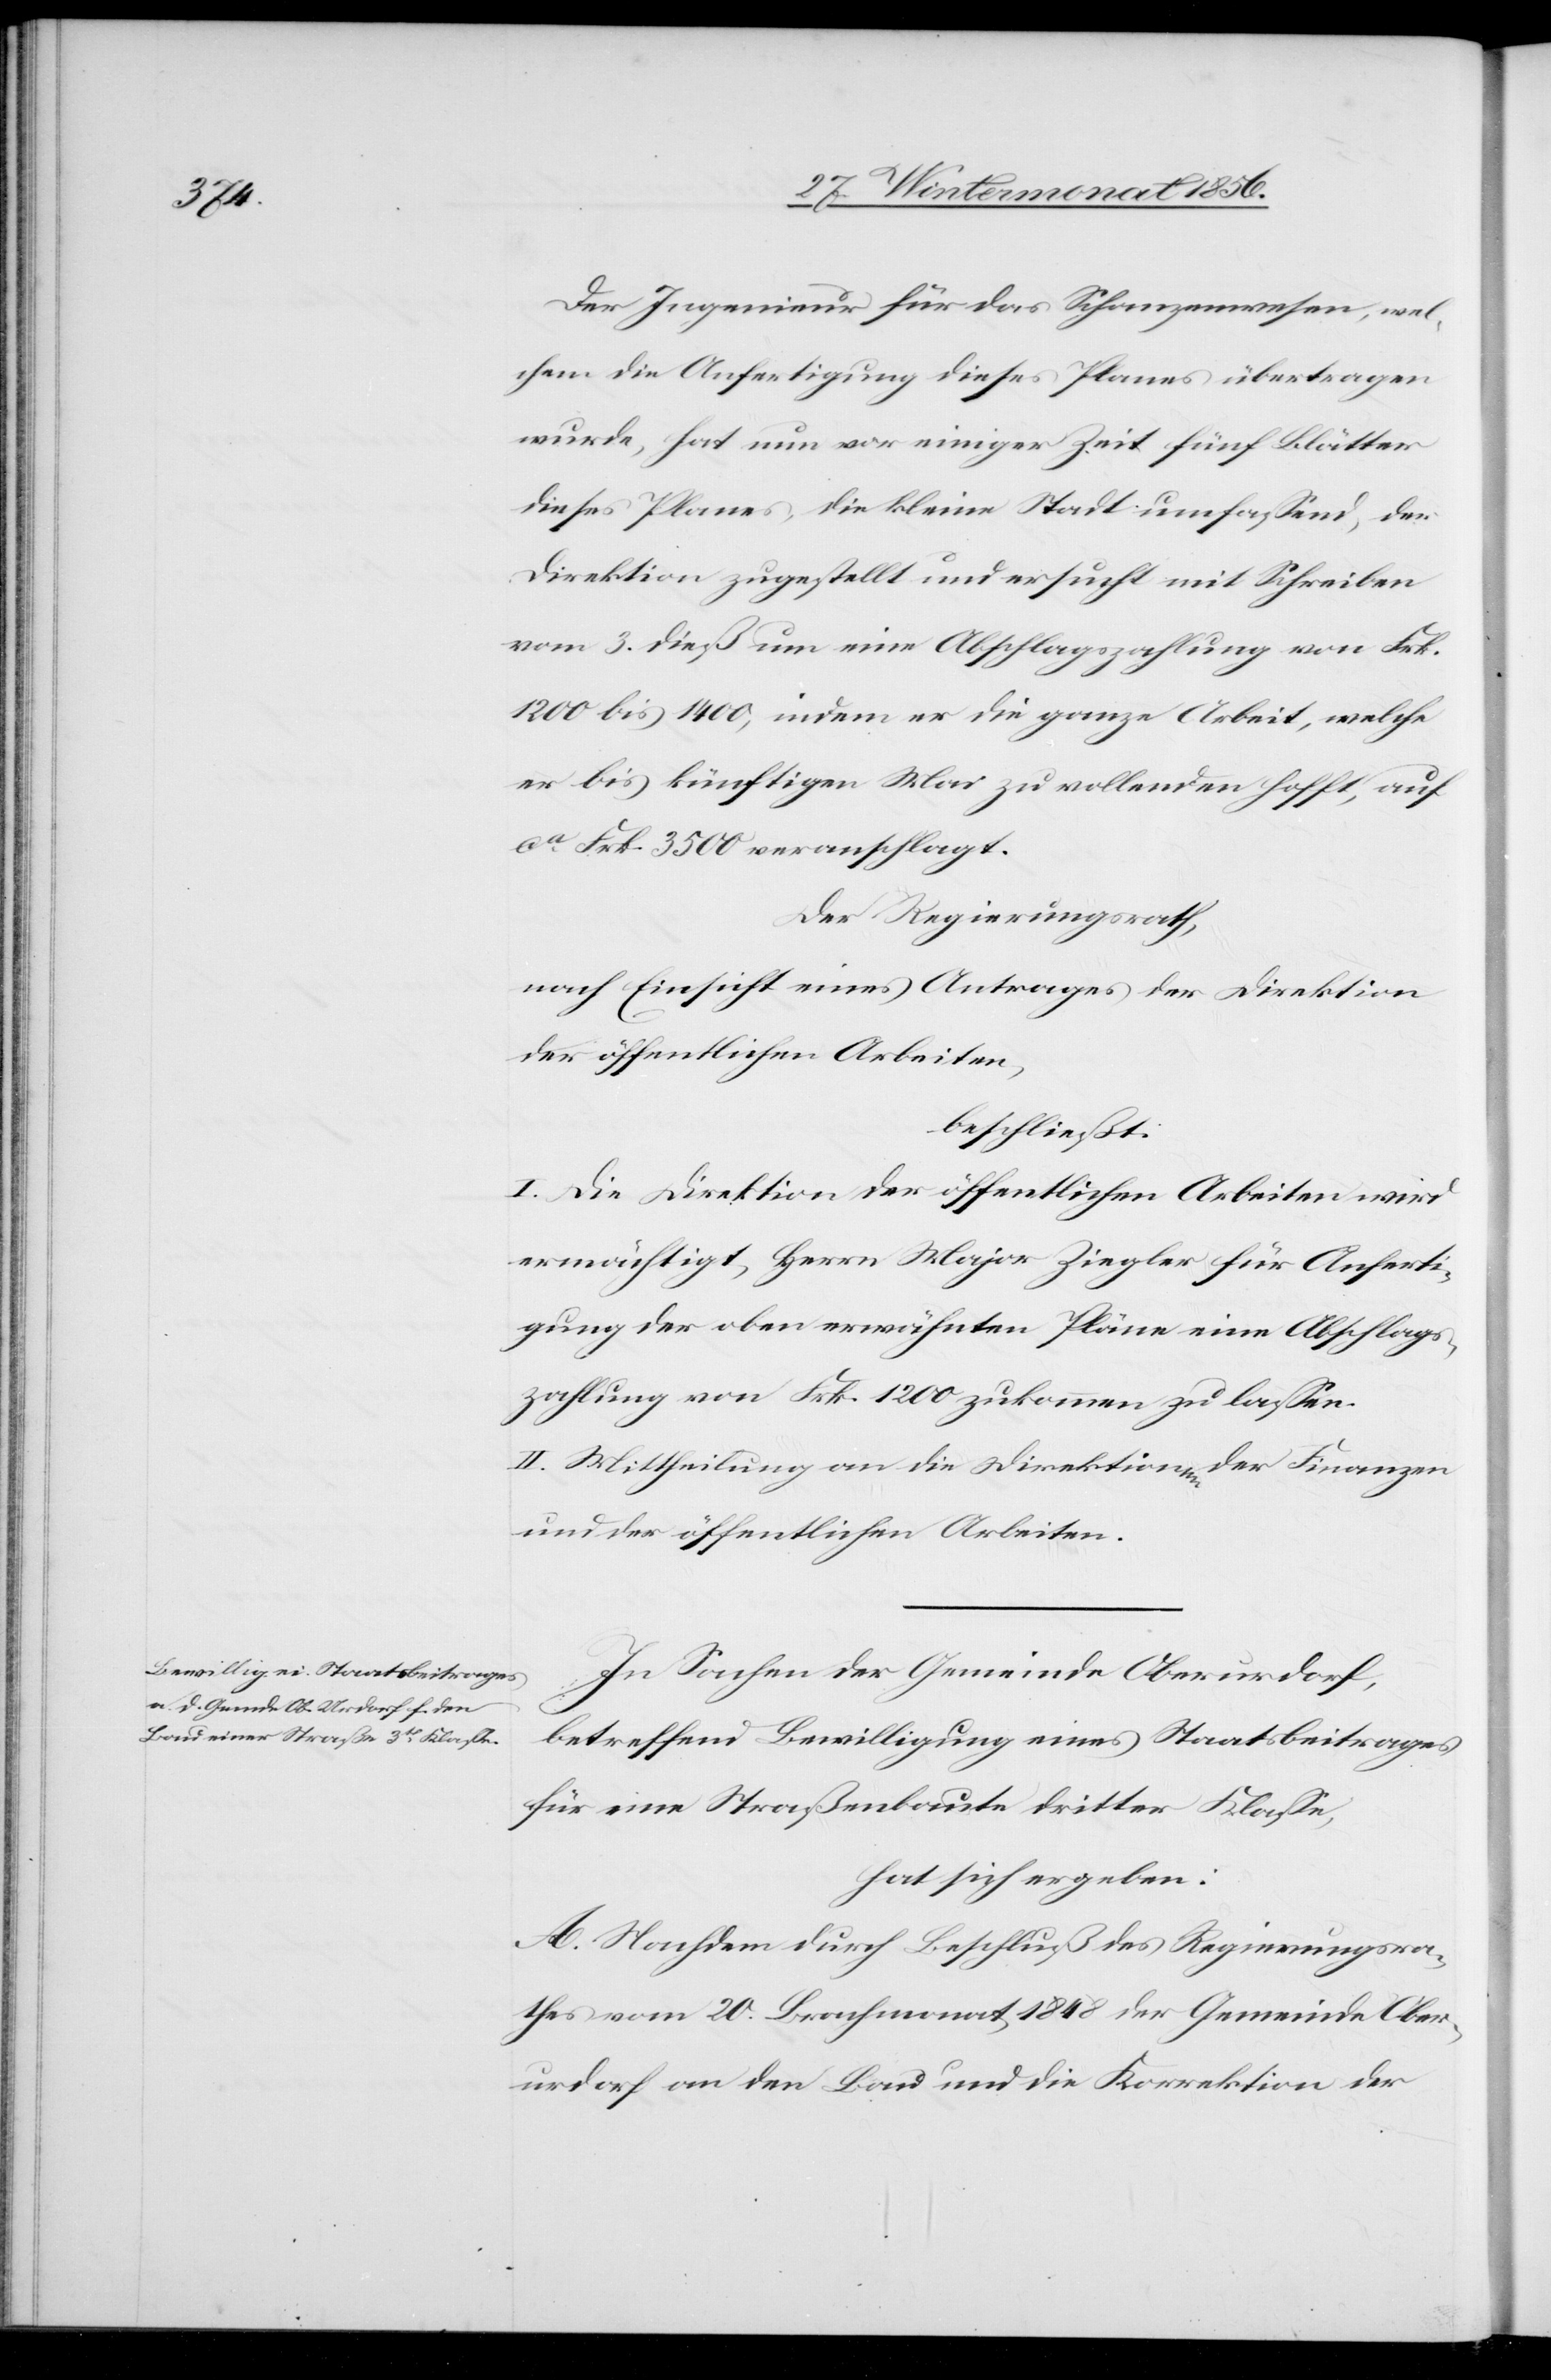
Der Ingenieur für das Schanzenwesen, wel¬
chem die Anfertigung dieses Planes übertragen
wurde, hat nun vor einiger Zeit fünf Blätter
dieses Planes, die kleine Stadt umfassend, der
Direktion zugestellt und ersucht mit Schreiben
vom 3. dieß um eine Abschlagszahlung von Frk.
1200 bis 1400, indem er die ganze Arbeit, welche
er bis künftigen Mai zu vollenden hofft, auf
ca Frk. 3500 veranschlagt.
Der Regierungsrath,
nach Einsicht eines Antrages der Direktion
der öffentlichen Arbeiten,
beschließt:
I. Die Direktion der öffentlichen Arbeiten wird
ermächtigt, Herrn Major Ziegler für Anferti¬
gung der oben erwähnten Pläne eine Abschlags¬
zahlung von Frk. 1200 zukommen zu lassen.
II. Mittheilung an die Direktionen der Finanzen
und der öffentlichen Arbeiten.
In Sachen der Gemeinde Oberurdorf,
betreffend Bewilligung eines Staatsbeitrages
für eine Straßenbaute dritter Klasse,
hat sich ergeben:
A. Nachdem durch Beschluß des Regierungsra¬
thes vom 20. Brachmonat 1848 der Gemeinde Ober¬
urdorf an den Bau und die Korrektion der